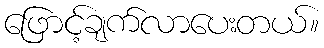
ဖြောင့်ချက်လာပေးတယ်။